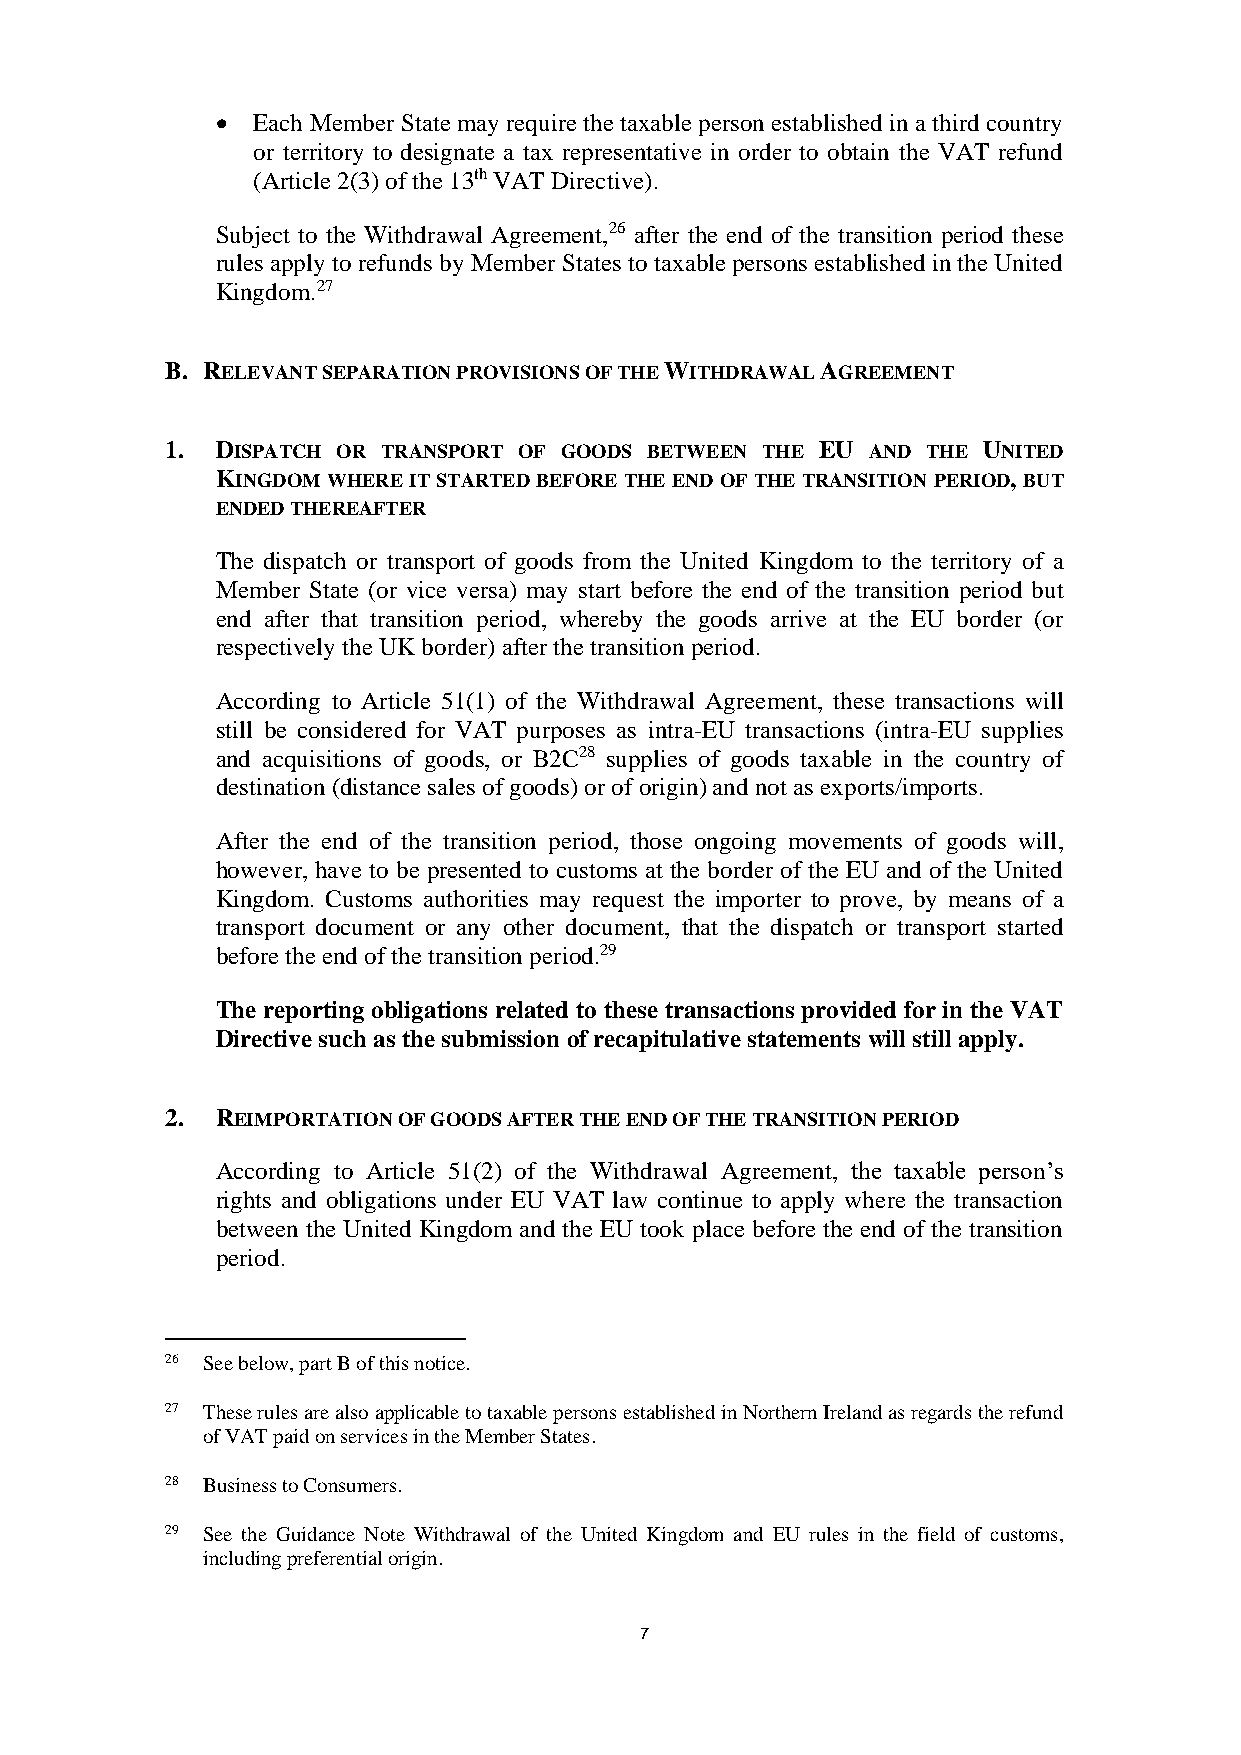
  Each Member State may require the taxable person established in a third country
 or territory to designate a tax representative in order to obtain the VAT refund
 (Article 2(3) of the 13th VAT Directive).
 Subject to the Withdrawal Agreement,26 after the end of the transition period these
 rules apply to refunds by Member States to taxable persons established in the United
 Kingdom.27
 B. RELEVANT SEPARATION PROVISIONS OF THE WITHDRAWAL AGREEMENT
 1. DISPATCH OR TRANSPORT OF GOODS BETWEEN THE EU AND THE UNITED
 KINGDOM WHERE IT STARTED BEFORE THE END OF THE TRANSITION PERIOD, BUT
 ENDED THEREAFTER
 The dispatch or transport of goods from the United Kingdom to the territory of a
 Member State (or vice versa) may start before the end of the transition period but
 end after that transition period, whereby the goods arrive at the EU border (or
 respectively the UK border) after the transition period.
 According to Article 51(1) of the Withdrawal Agreement, these transactions will
 still be considered for VAT purposes as intra-EU transactions (intra-EU supplies
 and acquisitions of goods, or B2C28 supplies of goods taxable in the country of
 destination (distance sales of goods) or of origin) and not as exports/imports.
 After the end of the transition period, those ongoing movements of goods will,
 however, have to be presented to customs at the border of the EU and of the United
 Kingdom. Customs authorities may request the importer to prove, by means of a
 transport document or any other document, that the dispatch or transport started
 before the end of the transition period.29
 The reporting obligations related to these transactions provided for in the VAT
 Directive such as the submission of recapitulative statements will still apply.
 2. REIMPORTATION OF GOODS AFTER THE END OF THE TRANSITION PERIOD
 According to Article 51(2) of the Withdrawal Agreement, the taxable person’s
 rights and obligations under EU VAT law continue to apply where the transaction
 between the United Kingdom and the EU took place before the end of the transition
 period.
 26 See below, part B of this notice.
 27 These rules are also applicable to taxable persons established in Northern Ireland as regards the refund
 of VAT paid on services in the Member States.
 28 Business to Consumers.
 29 See the Guidance Note Withdrawal of the United Kingdom and EU rules in the field of customs,
 including preferential origin.
 7